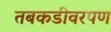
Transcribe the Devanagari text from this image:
तबकडीवरपण